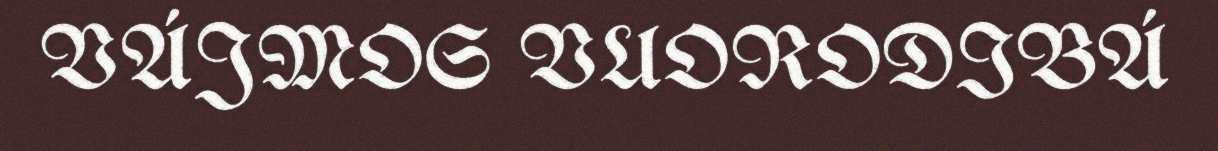
VÁJMOS VUORODIBÁ